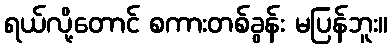
ရယ်လို့တောင် စကားတစ်ခွန်း မပြန်ဘူး။